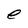
Character: e